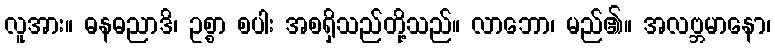
လူအား။ ဓနဓညာဒိ၊ ဥစ္စာ စပါး အစရှိသည်တို့သည်။ လာဘော၊ မည်၏။ အလဗ္ဘမာနော၊